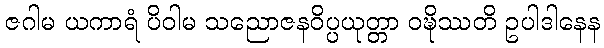
ဇဂါမ ယကာရံ ပိဝါမ သညောဇနဝိပ္ပယုတ္တာ ဝဍ္ဎိဿတိ ဥပါဒါနေန